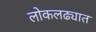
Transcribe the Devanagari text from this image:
लोकलढ्यात